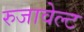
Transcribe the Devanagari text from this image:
रुजावेल्ट